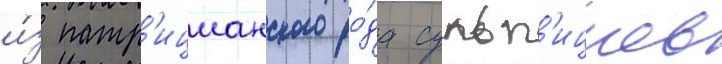
и́з патр'ицианского ро́да сульп'ициев